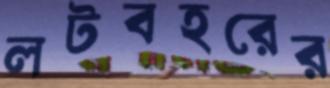
লটবহরের